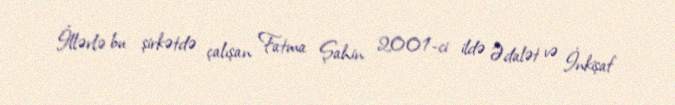
İllərlə bu şirkətdə çalışan Fatma Şahin 2001-ci ildə Ədalət və İnkişaf